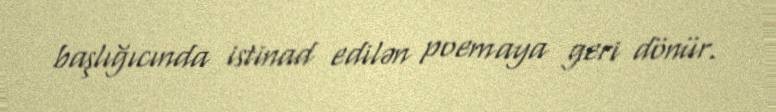
başlığıcında istinad edilən poemaya geri dönür.